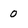
Character: 0